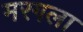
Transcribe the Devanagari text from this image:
मरगला